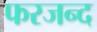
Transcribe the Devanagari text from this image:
फरजन्द